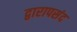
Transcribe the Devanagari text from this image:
द्वारापसंद